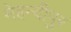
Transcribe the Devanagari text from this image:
मेहन्दीपुर